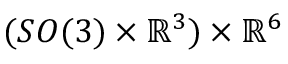
( S O ( 3 ) \times \mathbb { R } ^ { 3 } ) \times \mathbb { R } ^ { 6 }